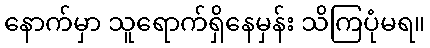
နောက်မှာ သူရောက်ရှိနေမှန်း သိကြပုံမရ။